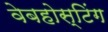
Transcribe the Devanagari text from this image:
वेबहोस्टिंग